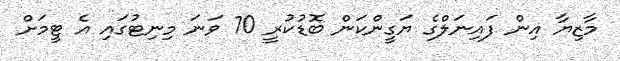
މާޒިޔާ އިން ފައިނަލްގެ ޔަގީންކަން ބޮޑުކުރީ 70 ވަނަ މިނިޓުގައި އެ ޓީމަށް